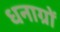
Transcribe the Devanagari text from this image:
धनाग्रों